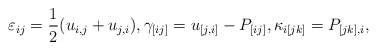
\begin{align*}\varepsilon_{ij}&=\frac{1}{2}(u_{i,j}+u_{j,i}),\gamma_{[ij]}=u_{[j,i]}-P_{[ij]},\kappa_{i[jk]}=P_{[jk],i},\end{align*}